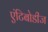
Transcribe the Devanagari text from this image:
एंटिबोडीज